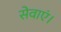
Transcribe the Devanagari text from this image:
सेवाएं।